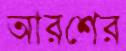
আরশের